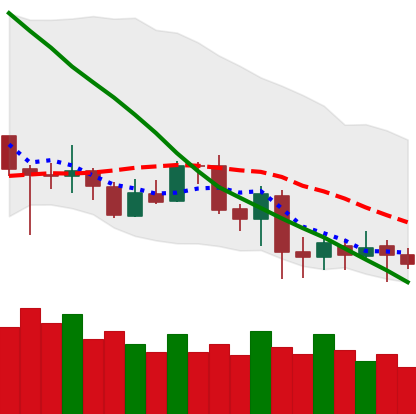
Ticker: LTC-USD
Chart end date: 2020-07-03
Forward return: 9.697%
Label: up_7plus